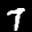
Label: 7